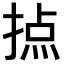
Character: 𢰷